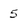
Character: 5